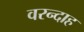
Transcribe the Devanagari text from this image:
वरन्दाह